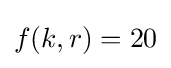
f(k,r)=20